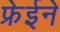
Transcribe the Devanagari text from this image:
फ्रेईने